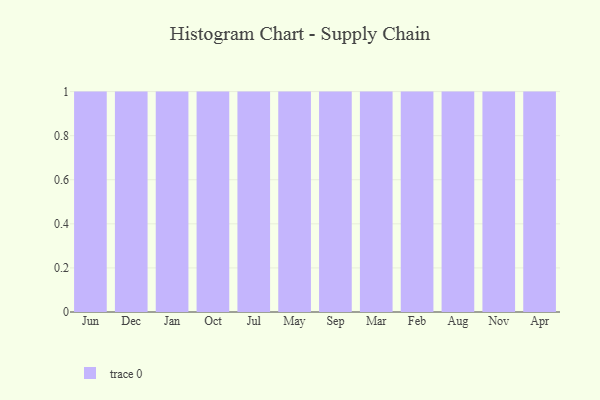
{"axis": {"x": "Month", "y": "Production Output"}, "legend": [""], "data": [{"x": "Jun", "y": 80, "type": ""}, {"x": "Dec", "y": 63, "type": ""}, {"x": "Jan", "y": 46, "type": ""}, {"x": "Oct", "y": 19, "type": ""}, {"x": "Jul", "y": 100, "type": ""}, {"x": "May", "y": 69, "type": ""}, {"x": "Sep", "y": 6, "type": ""}, {"x": "Mar", "y": 5, "type": ""}, {"x": "Feb", "y": 20, "type": ""}, {"x": "Aug", "y": 88, "type": ""}, {"x": "Nov", "y": 63, "type": ""}, {"x": "Apr", "y": 38, "type": ""}]}